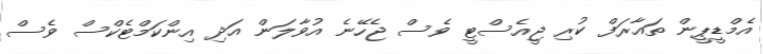
އެމްޑީޕީން ތައާރަފް ކުރި ޖީއެސްޓީ ވެސް ޖެހޭނެ އުވާލަން އަދި އިންކަމްޓެކްސް ވެސް